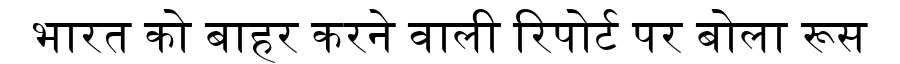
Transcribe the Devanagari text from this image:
भारत को बाहर करने वाली रिपोर्ट पर बोला रूस